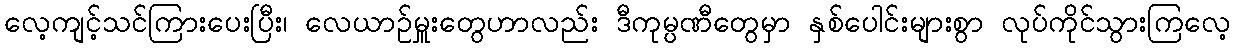
လေ့ကျင့်သင်ကြားပေးပြီး၊ လေယာဉ်မှူးတွေဟာလည်း ဒီကုမ္ပဏီတွေမှာ နှစ်ပေါင်းများစွာ လုပ်ကိုင်သွားကြလေ့